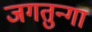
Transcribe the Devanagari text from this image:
जगतुन्गा